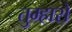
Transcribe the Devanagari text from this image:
तुम्‍हारो